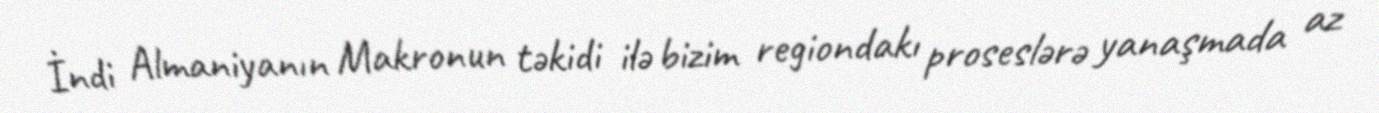
İndi Almaniyanın Makronun təkidi ilə bizim regiondakı proseslərə yanaşmada az